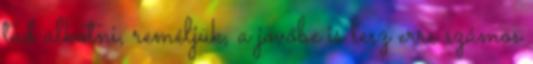
tud alkotni, reméljük, a jövőbe is lesz erre számos